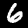
Label: 6